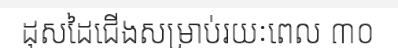
ដុសដៃជើងសម្រាប់រយៈពេល ៣០